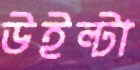
উইল্টা